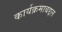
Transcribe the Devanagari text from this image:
कार्यक्रमाबद्दल